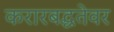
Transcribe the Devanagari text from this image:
करारबद्धतेवर